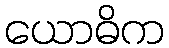
ယောဓိက